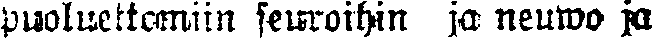
puolueettomiin seuroihin ja neuwo ja